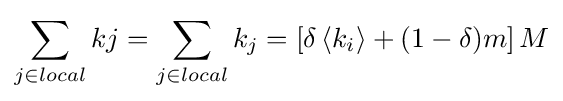
\sum _{j\in local}k{j}=\sum _{j\in local}k_{j}=\left[\delta \left\langle k_{i}\right\rangle +(1-\delta )m\right]M